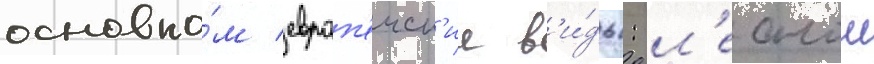
основно́м европ'еиск'ие в'и́ды: л'еснои